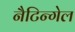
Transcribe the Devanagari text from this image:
नैटिन्गेल